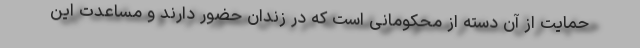
حمایت از آن دسته از محکومانی است که در زندان حضور دارند و مساعدت این